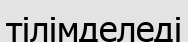
тілімделеді